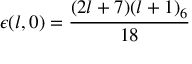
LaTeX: \epsilon ( l , 0 ) = \frac { ( 2 l + 7 ) ( l + 1 ) _ { 6 } } { 1 8 }